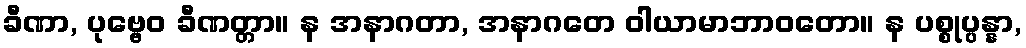
ခီဏာ, ပုဗ္ဗေဝ ခီဏတ္တာ။ န အနာဂတာ, အနာဂတေ ဝါယာမာဘာဝတော။ န ပစ္စုပ္ပန္နာ,